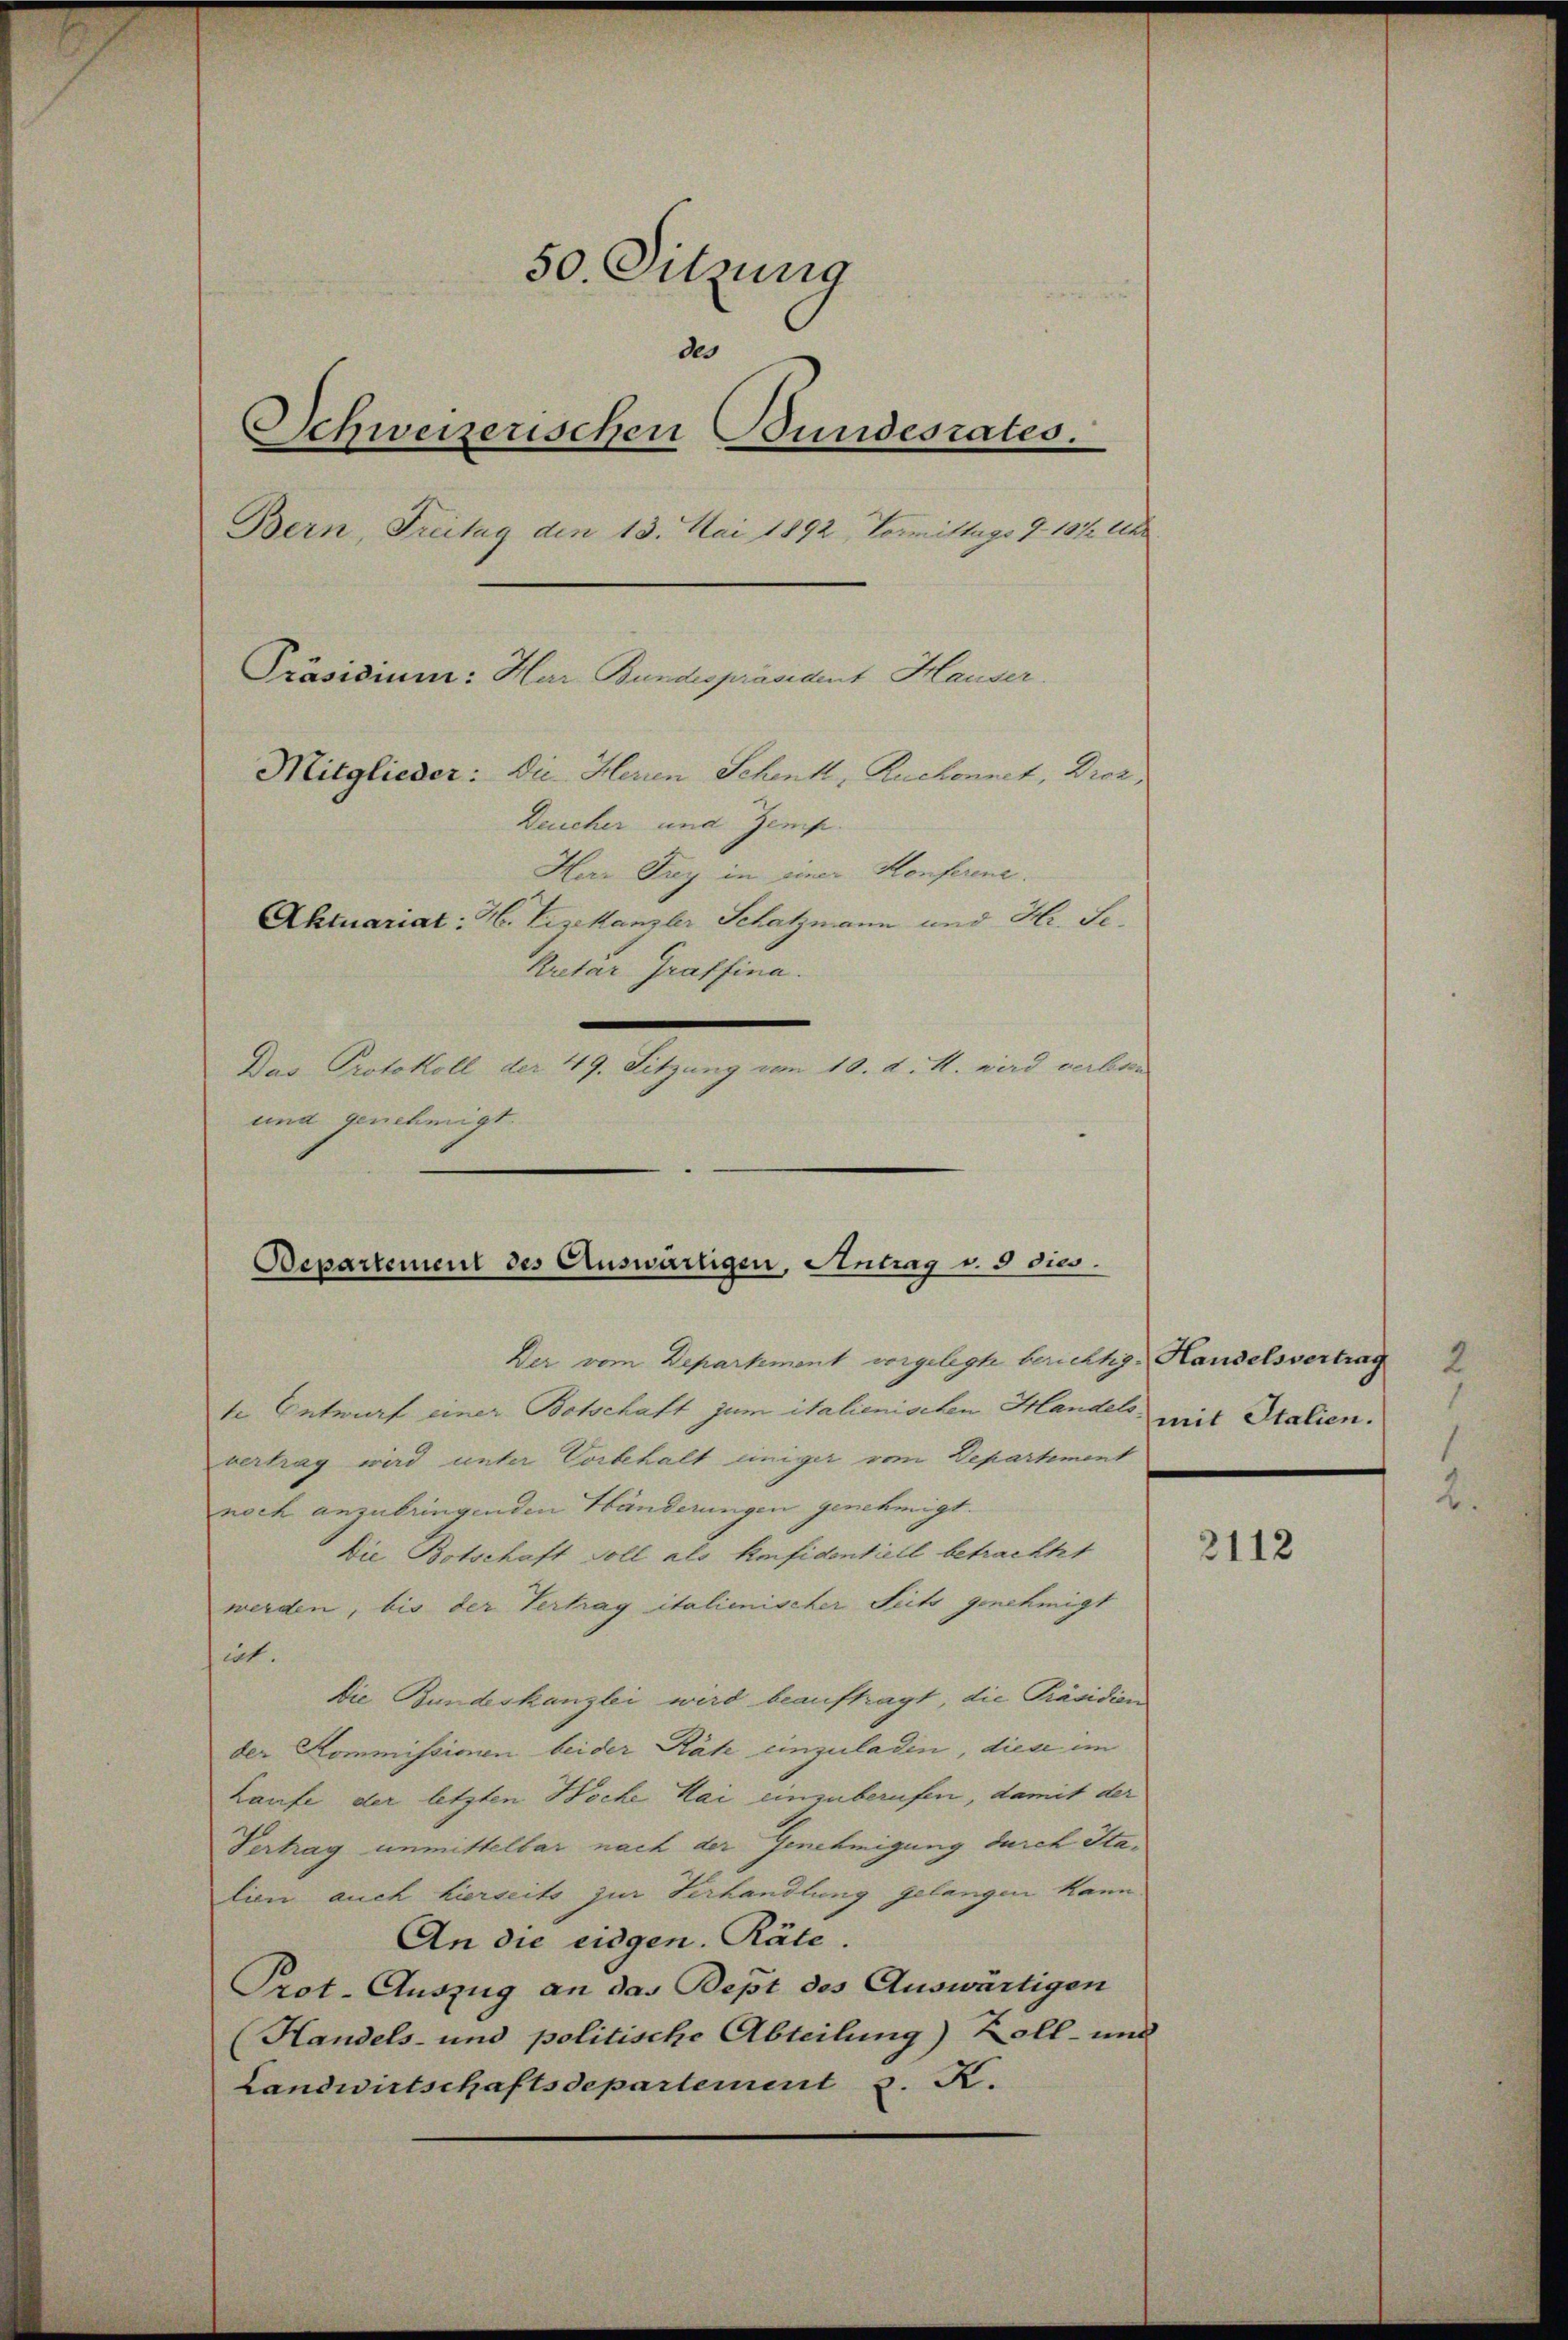
50. Sitzung
des
Schweizerischen Bundesrates.
Bern, Freitag den 13. Mai 1892, Vormittags 9. 1912 Uhr
Präsidium: Har Bundespräsident Hauser.
Mitglieder: Die Herren Schenk, Ruchonnet, Droz,
Deucher und Zemp.
Herr Frey in einer Konferene
Aktuariat: H. Vizekanzler Schatzmann und Hr. Se.
Kretar Graffina.
Das Protokoll der 49. Sitzung von 10. d. M. wird verbar
und genehmigt.

Bepartement des Auswärtigen, Antrag v. 5 dies

Der vom Departement vorgelegte berichtig. Handelsvertrag
te Entwurf einer Botschaft zum italienischen Handelsvertrag wird unter Vorbehalt einiger vom Departement
noch anzubringenden Händerungen genehmigt.
Die Botschaft Soll als Enfidentiell betrachtet
werden, bis der Vertrag italienischer Seits genehmigt
iat.
Die Bundeskanzlei wird beauftragt, die Präsidien
der Kommissionen beider Rät einzuladen, diese im
Laufe der letzten Woche Mai einzuberufen, damit der
Vertrag unmittelbar nach der Genehmigung durch Stalien auch hierseits zur Verhandlung gelangen kann
An die eidgen. Räte.
Prot. Auszug an das Bept des Auswärtigen
Handels- und politische Abteilung) Zoll- und
Landwirtschaftsdepartement z. R.

2
mit Italien.

2112